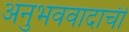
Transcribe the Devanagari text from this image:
अनुभववादाची